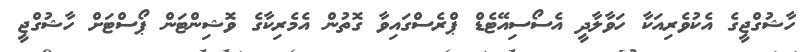
ހާޝުގްޖީގެ އެކުވެރިއަކާ ހަވާލާދީ އެސޯސިއޭޓެޑް ޕްރެސްގައިވާ ގޮތުން އެމެރިކާގެ ވޮޝިންޓަން ޕޯސްޓަށް ހާޝުގްޖީ